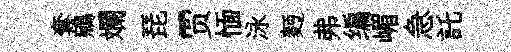
奪鵷斕琵贾愐泳麪弗编嵋急託